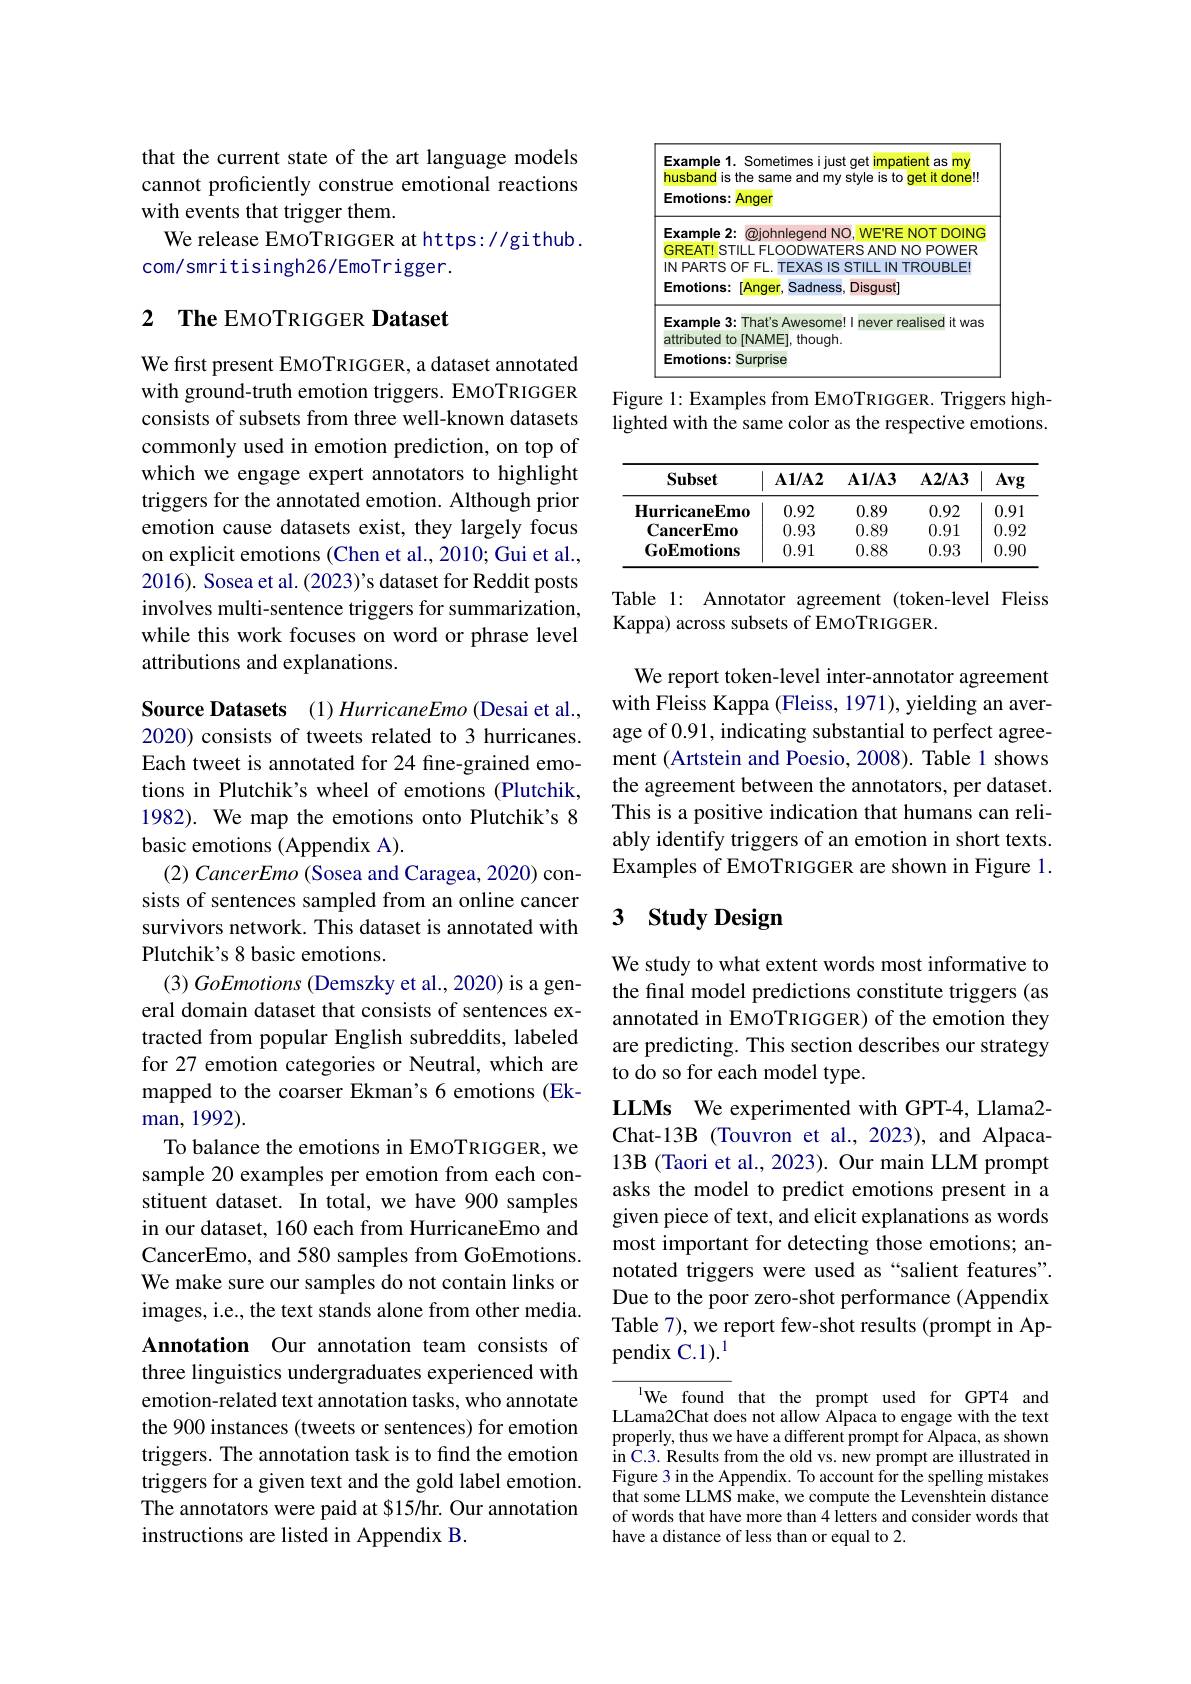
that the current state of the art language models cannot proficiently construe emotional reactions with events that trigger them.
We release EMOTRIGGER at https://github.
com/smritisingh26/EmoTrigger.

## 2 $\textbf{The EMOTRIGGER Dataset}$

We first present EMOTRIGGER, a dataset annotated with ground-truth emotion triggers. EMOTRIGGER consists of subsets from three well-known datasets commonly used in emotion prediction, on top of which we engage expert annotators to highlight triggers for the annotated emotion. Although prior emotion cause datasets exist, they largely focus on explicit emotions (Chen et al., 2010; Gui et al., 2016). Sosea et al. (2023)'s dataset for Reddit posts involves multi-sentence triggers for summarization, while this work focuses on word or phrase level attributions and explanations.

Source Datasets (1) HurricaneEmo (Desai et al., 2020) consists of tweets related to 3 hurricanes. Each tweet is annotated for 24 fine-grained emotions in Plutchik's wheel of emotions (Plutchik, 1982). We map the emotions onto Plutchik's 8 basic emotions (Appendix A).
(2) CancerEmo (Sosea and Caragea, 2020) consists of sentences sampled from an online cancer survivors network. This dataset is annotated with Plutchik's 8 basic emotions.
(3) GoEmotions (Demszky et al., 2020) is a general domain dataset that consists of sentences extracted from popular English subreddits, labeled for 27 emotion categories or Neutral, which are mapped to the coarser Ekman's 6 emotions (Ekman, 1992).
To balance the emotions in EMOTRIGGER, we sample 20 examples per emotion from each constituent dataset. In total, we have 900 samples in our dataset, 160 each from HurricaneEmo and CancerEmo, and 580 samples from GoEmotions. We make sure our samples do not contain links or images, i.e., the text stands alone from other media. Annotation Our annotation team consists of three linguistics undergraduates experienced with emotion-related text annotation tasks, who annotate the 900 instances (tweets or sentences) for emotion triggers. The annotation task is to find the emotion triggers for a given text and the gold label emotion. The annotators were paid at $15/hr. Our annotation instructions are listed in Appendix B.

<FigureHere>

Figure 1: Examples from EMOTRIGGER. Triggers highlighted with the same color as the respective emotions.

<table>
	<tbody>
		<tr>
			<th>Subset</th>
			<th>$\mathbf{A1/A2}$</th>
			<th>$\mathbf{A1/A3}$</th>
			<th>$\mathbf{A2/A3}$</th>
			<th>Avg</th>
		</tr>
		<tr>
			<td>HurricaneEmo</td>
			<td>0.92</td>
			<td>0.89</td>
			<td>0.92</td>
			<td>0.91</td>
		</tr>
		<tr>
			<td>$\mathbf{CancerEmo}$</td>
			<td>0.93</td>
			<td>0.89</td>
			<td>0.91</td>
			<td>0.92</td>
		</tr>
		<tr>
			<td>GoEmotions</td>
			<td>0.91</td>
			<td>0.88</td>
			<td>0.93</td>
			<td>0.9C</td>
		</tr>
	</tbody>
</table>

Table 1: Annotator agreement (token-level Fleiss
Kappa) across subsets of EMoTRIGGER.

We report token-level inter-annotator agreement with Fleiss Kappa (Fleiss, 1971), yielding an average of 0.91, indicating substantial to perfect agreement (Artstein and Poesio, 2008). Table 1 shows the agreement between the annotators, per dataset. This is a positive indication that humans can reliably identify triggers of an emotion in short texts. Examples of EMOTRIGGER are shown in Figure 1.

## 3 $\textbf{Study Design}$

We study to what extent words most informative to the final model predictions constitute triggers (as annotated in EMOTRIGGER) of the emotion they are predicting. This section describes our strategy to do so for each model type.
LLMs We experimented with GPT-4, Llama2- Chat-13B (Touvron et al., 2023), and Alpaca- 13B (Taori et al., 2023). Our main LLM prompt asks the model to predict emotions present in given piece of text, and elicit explanations as words most important for detecting those emotions; annotated triggers were used as “salient features”. Due to the poor zero-shot performance (Appendix Table 7), we report few-shot results (prompt in Appendix C.1).$^1$

${^{1}\mathrm{We~found~that~the~prompt~used~for~GPT4~and}}$ LLama2Chat does not allow Alpaca to engage with the text properly, thus we have a different prompt for Alpaca, as shown in C.3. Results from the old vs. new prompt are Figure 3 in the Appendix. To account for the spelling mistakes that some LLMS make, we compute the Levenshtein distance of words that have more than 4 letters and consider words that have a distance of less than or equal to 2.